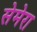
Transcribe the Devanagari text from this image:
सेमेरा